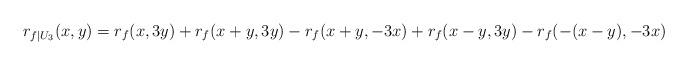
LaTeX: \begin{align*}r_{f|U_3}(x,y)=r_f(x,3y)+r_f(x+y,3y)-r_f(x+y,-3x)+r_f(x-y,3y)-r_f(-(x-y),-3x)\end{align*}